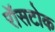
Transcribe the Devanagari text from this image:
रॉसटोक